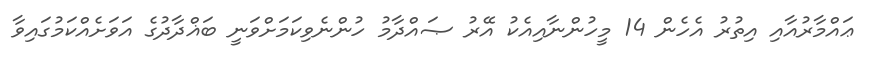
ޢައްމާރުއާއި އިތުރު އެހެން 14 މީހުންނާއިއެކު އޭރު ޞައްދާމު ހުންނެވިކަމަށްވަނީ ބަޣްދާދުގެ އަވަށެއްކަމުގައިވާ